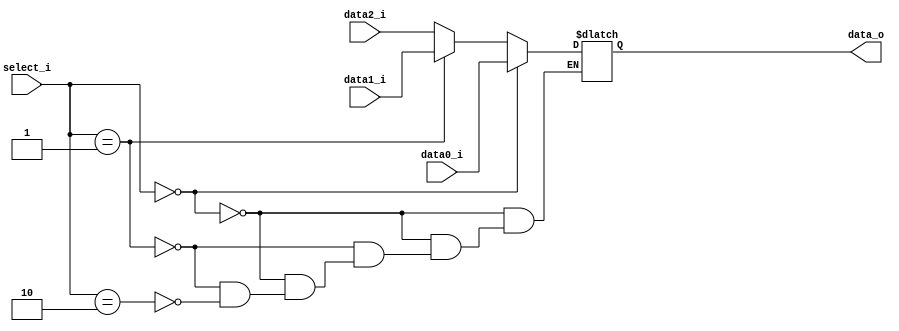
//a 0516327
//Subject:     CO project 2 - MUX 221
//--------------------------------------------------------------------------------
//Version:     1
//--------------------------------------------------------------------------------
//Writer:      Luke
//----------------------------------------------
//----------------------------------------------
//Description: 
//--------------------------------------------------------------------------------
module MUX_3to1(
                data0_i,
                data1_i,
                data2_i,
                select_i,
                data_o
                   );		   
parameter size = 0;				
//I/O ports               
input   [size-1:0] data0_i;          
input   [size-1:0] data1_i;
input   [size-1:0] data2_i;
input   [	  1:0] select_i;
output  [size-1:0] data_o; 

//Internal Signals
reg     [size-1:0] result;

//Main function
always@(*)begin
    if(select_i == 2'd0) result = data0_i;
    else if(select_i == 2'd1) result = data1_i;
    else if(select_i == 2'd2) result = data2_i;
end

assign data_o = result;

endmodule